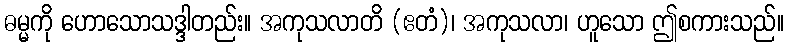
ဓမ္မကို ဟောသောသဒ္ဒါတည်း။ အကုသလာတိ (ဧတံ)၊ အကုသလာ၊ ဟူသော ဤစကားသည်။